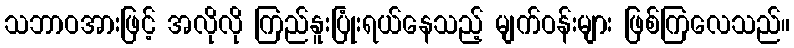
သဘာဝအားဖြင့် အလိုလို ကြည်နူးပြုံးရယ်နေသည့် မျက်ဝန်းများ ဖြစ်ကြလေသည်။